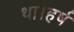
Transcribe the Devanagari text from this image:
था।हर्ष